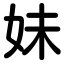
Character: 妹